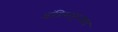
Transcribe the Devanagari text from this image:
इंद्रियानुभवाद